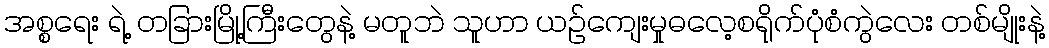
အစ္စရေး ရဲ့ တခြားမြို့ကြီးတွေနဲ့ မတူဘဲ သူဟာ ယဉ်ကျေးမှုဓလေ့စရိုက်ပုံစံကွဲလေး တစ်မျိုးနဲ့